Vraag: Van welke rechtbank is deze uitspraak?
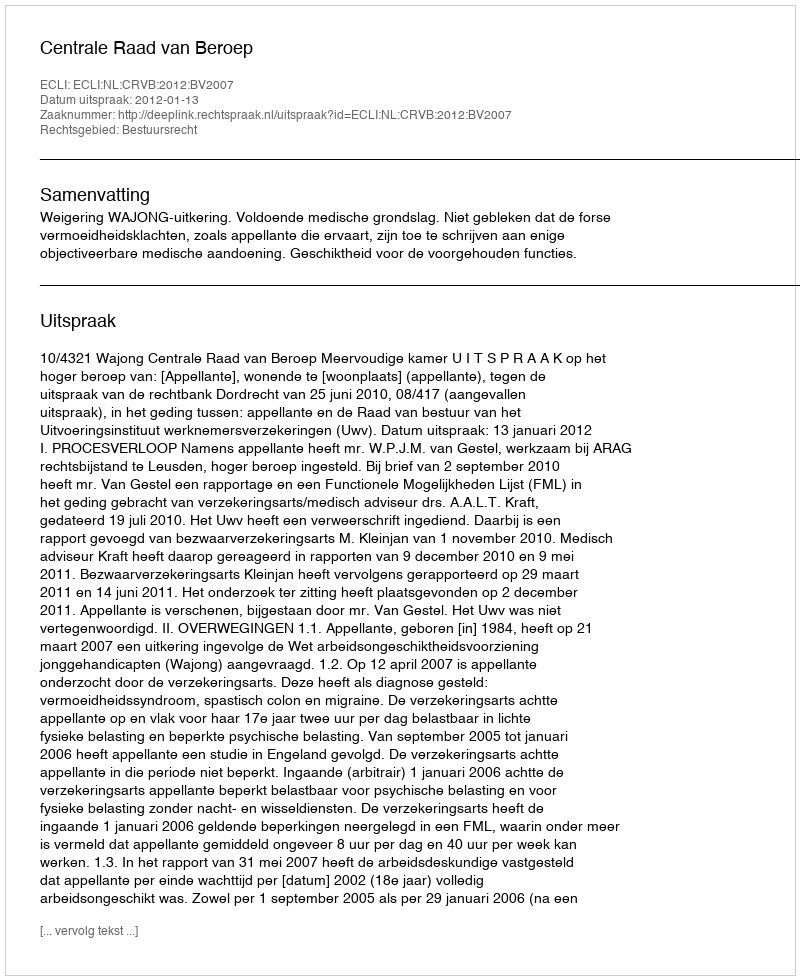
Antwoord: Centrale Raad van Beroep